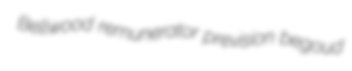
Bellwood remunerator prevision begoud